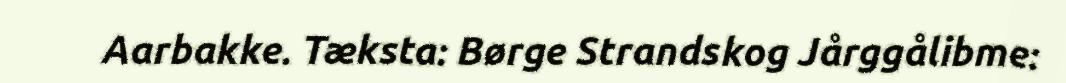
Aarbakke. Tæksta: Børge Strandskog Jårggålibme: